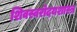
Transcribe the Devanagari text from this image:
शिवस्वरोदयशास्त्र